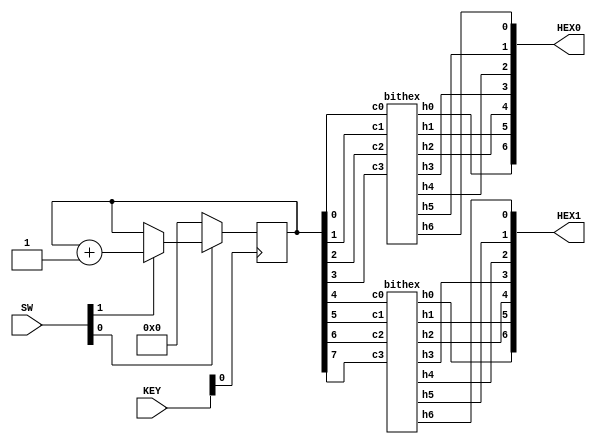


module test(KEY,SW,HEX0,HEX1);

input [2:0]SW;
input [3:0]KEY;
output [0:6]HEX0;
output [0:6]HEX1;

wire Clearb,Clock,Enable;
assign Clearb = SW[0];
assign Enable = SW[1];
assign Clock = KEY[0];

reg [7:0]Q;

always@(posedge Clock)
 
 if(~Clearb) begin
	Q <= 7'b0;
	end
 else if (Enable) begin
	Q <= Q + 1;
	end
bithex u0(Q[3],Q[2],Q[1],Q[0],HEX0[0],HEX0[1],HEX0[2],HEX0[3],HEX0[4],HEX0[5],HEX0[6]); // leastsig 4 bits Q0-Q3
bithex u1(Q[7],Q[6],Q[5],Q[4],HEX1[0],HEX1[1],HEX1[2],HEX1[3],HEX1[4],HEX1[5],HEX1[6]); // mostsig 4 bits Q4-Q7
// are they gonna run in parallel??

endmodule 

module bithex(c3,c2,c1,c0,h0,h1,h2,h3,h4,h5,h6); 
     input c0;
     input c1;
     input c2;
     input c3;
     output h0,h1,h2,h3,h4,h5,h6;
     
     assign h0 = (~c3 & ~c2 & ~c1 & c0) | (~c3 & c2 & ~c1 & ~c0) | (c3 & ~c2 & c1 & c0) | (c3 & c2 & ~c1 & c0);
     assign h1 = (~c3 & c2 & ~c1 & c0) | (~c3 & c2 & c1 & ~c0) | (c3 & ~c2 & c1 & c0) | (c3 & c2 & ~c1 & ~c0 ) | (c3 & c2 & c1 & ~c0) | (c3 & c2 & c1 & c0);
     assign h2 = (~c3 & ~c2 & c1 & ~c0) | (c3 & c2 & ~c1 & ~c0) | ( c3 & c2 & c1 & ~c0) | (c3 & c2 & c1 & c0);
     assign h3 = (~c3 & ~c2 & ~c1 & c0) | ( ~c3 & c2 & ~c1 & ~c0) | ( ~c3 & c2 & c1 & c0) | (c3 & ~c2 & ~c1 & c0) | (c3 & ~c2 & c1 & ~c0) | (c3 & c2 & c1 & c0);
     assign h4 = (~c3 & ~c2 & ~c1 & c0) | ( ~c3 & ~c2 & c1 & c0) | (~c3 & c2 & ~c1 & ~c0) | ( ~c3 & c2 & ~c1 & c0) | ( ~c3 & c2 & c1 & c0) | (c3 & ~c2 & ~c1 & c0);
     assign h5 = (~c3 & ~c2 & ~c1 & c0) | (~c3 & ~c2 & c1 & ~c0) | ( ~c3 & ~c2 & c1 & c0) | (~c3 & c2 & c1 & c0) | (c3 & c2 & ~c1 & c0);
     assign h6 = (~c3 & ~c2 & ~c1 & ~c0) | (~c3 & ~c2 & ~c1 & c0) | (~c3 & c2 & c1 & c0) | (c3 & c2 & ~c1 & ~c0);

endmodule